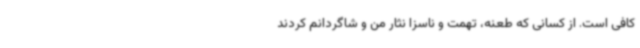
کافی است. از کسانی که طعنه، تهمت و ناسزا نثار من و شاگردانم کردند